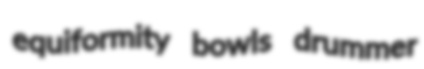
equiformity bowls drummer